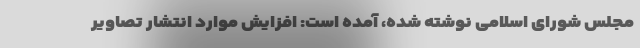
مجلس شورای اسلامی نوشته شده، آمده است: افزایش موارد انتشار تصاویر